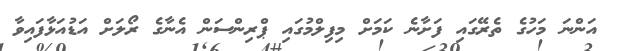
އަންނަ މަހުގެ ތެރޭގައި ފަށާނެ ކަމަށް މިފިލްމުގައި ޕްރިންސަން އެނާގެ ރޯލަށް އަޑުއަޅާފައިވާ